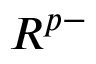
R ^ { p - }